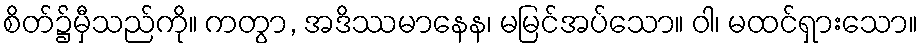
စိတ်၌မှီသည်ကို။ ကတွာ, အဒိဿမာနေန၊ မမြင်အပ်သော။ ဝါ၊ မထင်ရှားသော။